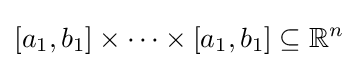
[a_{1},b_{1}]\times \cdots \times [a_{1},b_{1}]\subseteq \mathbb {R} ^{n}